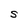
Character: S